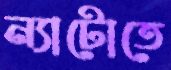
ন্যাটোতে